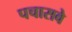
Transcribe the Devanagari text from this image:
पचासवे